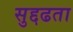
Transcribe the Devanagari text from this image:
सुद्दढता